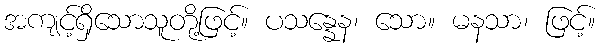
အကျင့်ရှိသောသူတို့ဖြင့်။ ပသန္နေန၊ သော။ မနသာ၊ ဖြင့်။